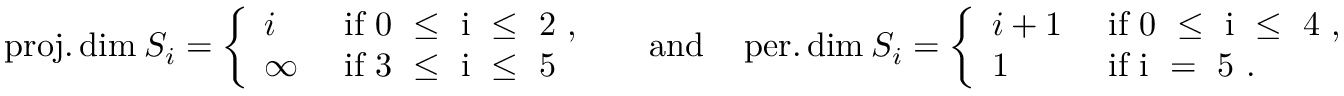
\begin{array} { r } { \operatorname { p r o j . d i m } _ { \L } S _ { i } = \left\{ \begin{array} { l l } { i } & { \mathrm { ~ i f ~ 0 ~ \leq ~ i ~ \leq ~ 2 ~ , ~ } } \\ { \infty } & { \mathrm { ~ i f ~ 3 ~ \leq ~ i ~ \leq ~ 5 ~ } } \end{array} \right. \quad \mathrm { a n d } \quad \operatorname { p e r . d i m } _ { \L } S _ { i } = \left\{ \begin{array} { l l } { i + 1 } & { \mathrm { ~ i f ~ 0 ~ \leq ~ i ~ \leq ~ 4 ~ , ~ } } \\ { 1 } & { \mathrm { ~ i f ~ i ~ = ~ 5 ~ } . } \end{array} \right. } \end{array}